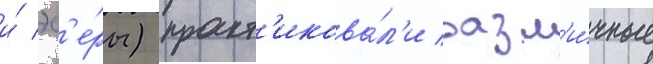
и́ эс'е́ры) практ'икова́л'и разл'и́чные